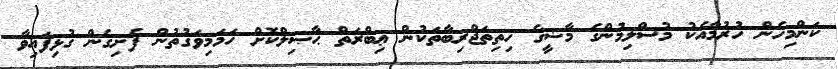
ކަންމިހެން ހުރުމާއެކު މުސްލިމުންގެ މާޟީގެ ހިތިތަޖްރިބާތަކުން ޢިބްރަތް ޙާޞިލްކޮށް ހަމަމިވަގުތުން ފެށިގެން ގުޅިފައިވާ